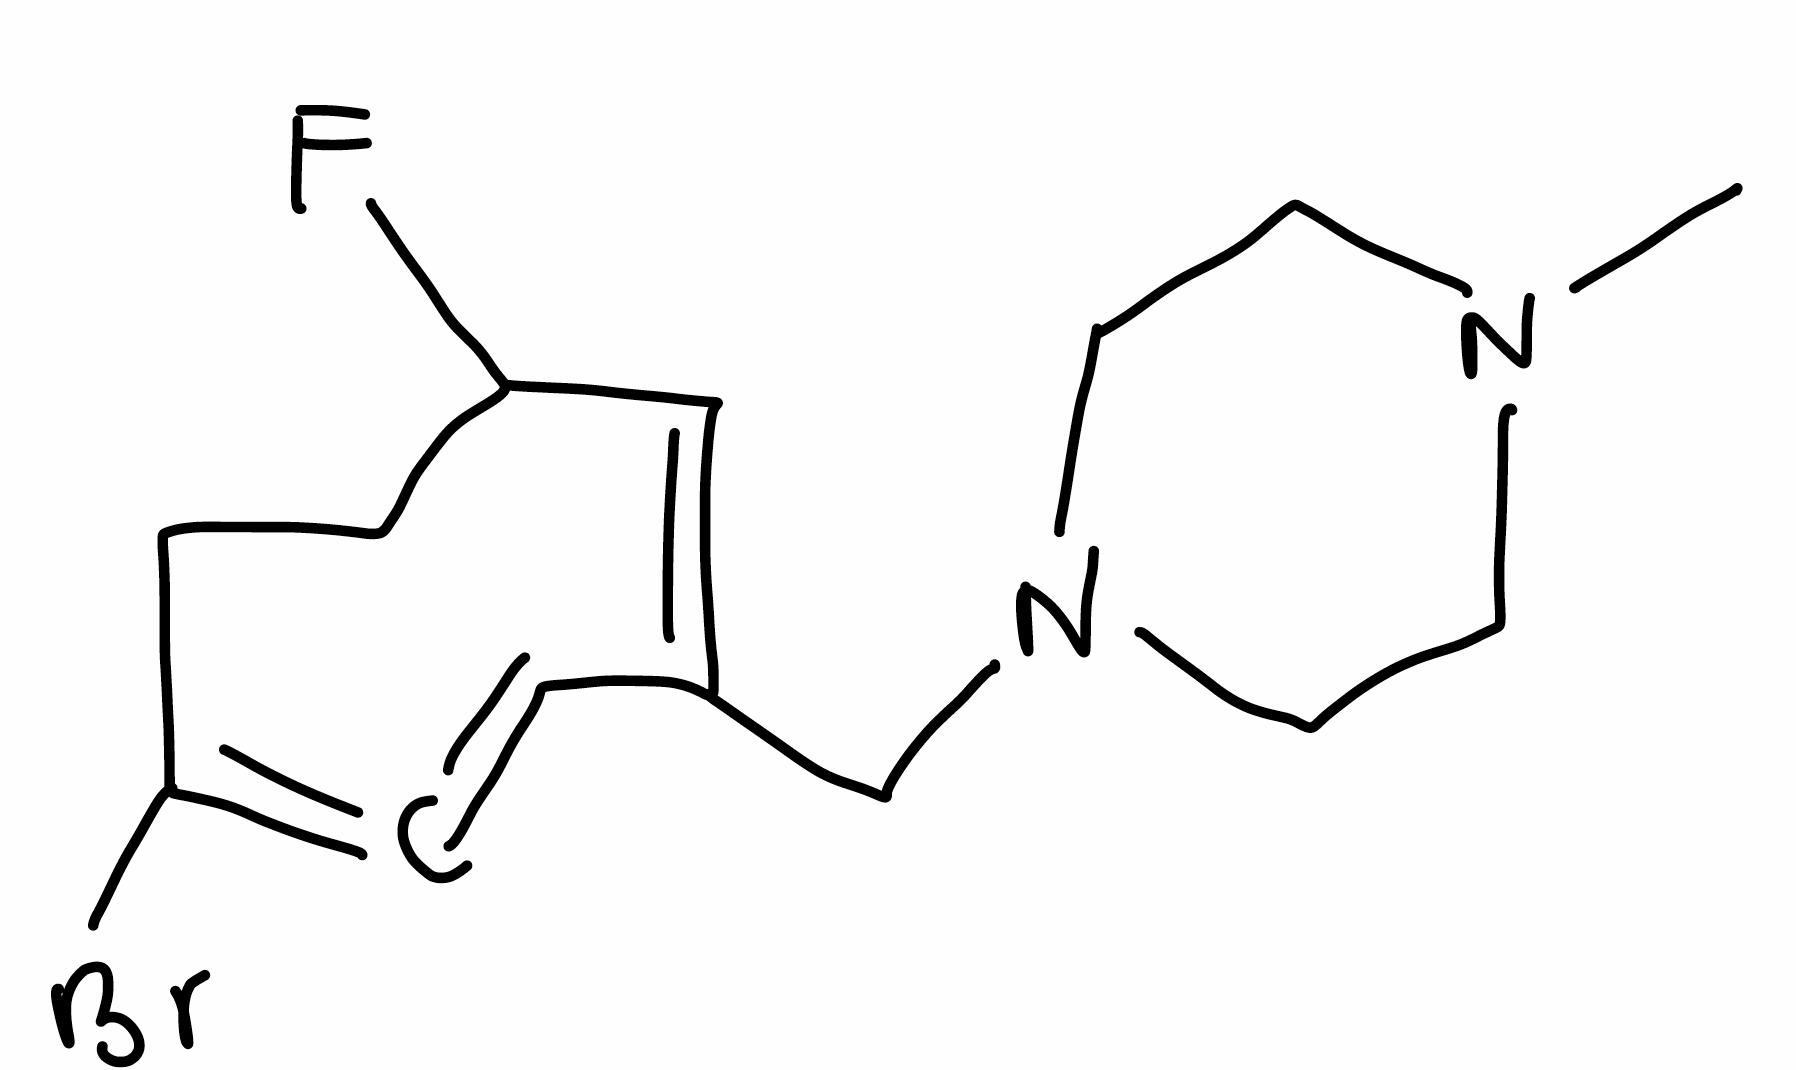
Simplified molecular-input line-entry system (SMILES) notation of the given molecule:
CN1CCN(CC1)C/C/2=C/C(CCC(=C=C2)Br)F